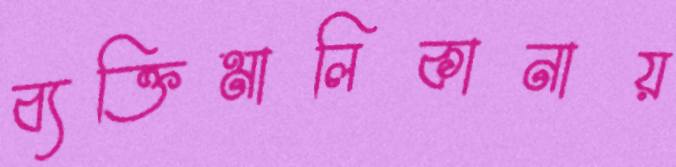
ব্যক্তিমালিকানায়